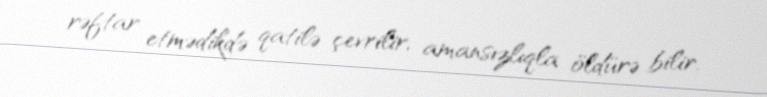
rəftar etmədikdə qatilə çevrilir, amansızlıqla öldürə bilir.